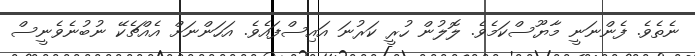
ނެތެވެ. ފެންނަނީ މާޔޫސްކަމެވެ. ލޮލުން ހުރީ ކަރުނަ އައިސްފައެވެ. އަހަންނަށް އެއްޗެކޭ ނުބުނެވެނީސް